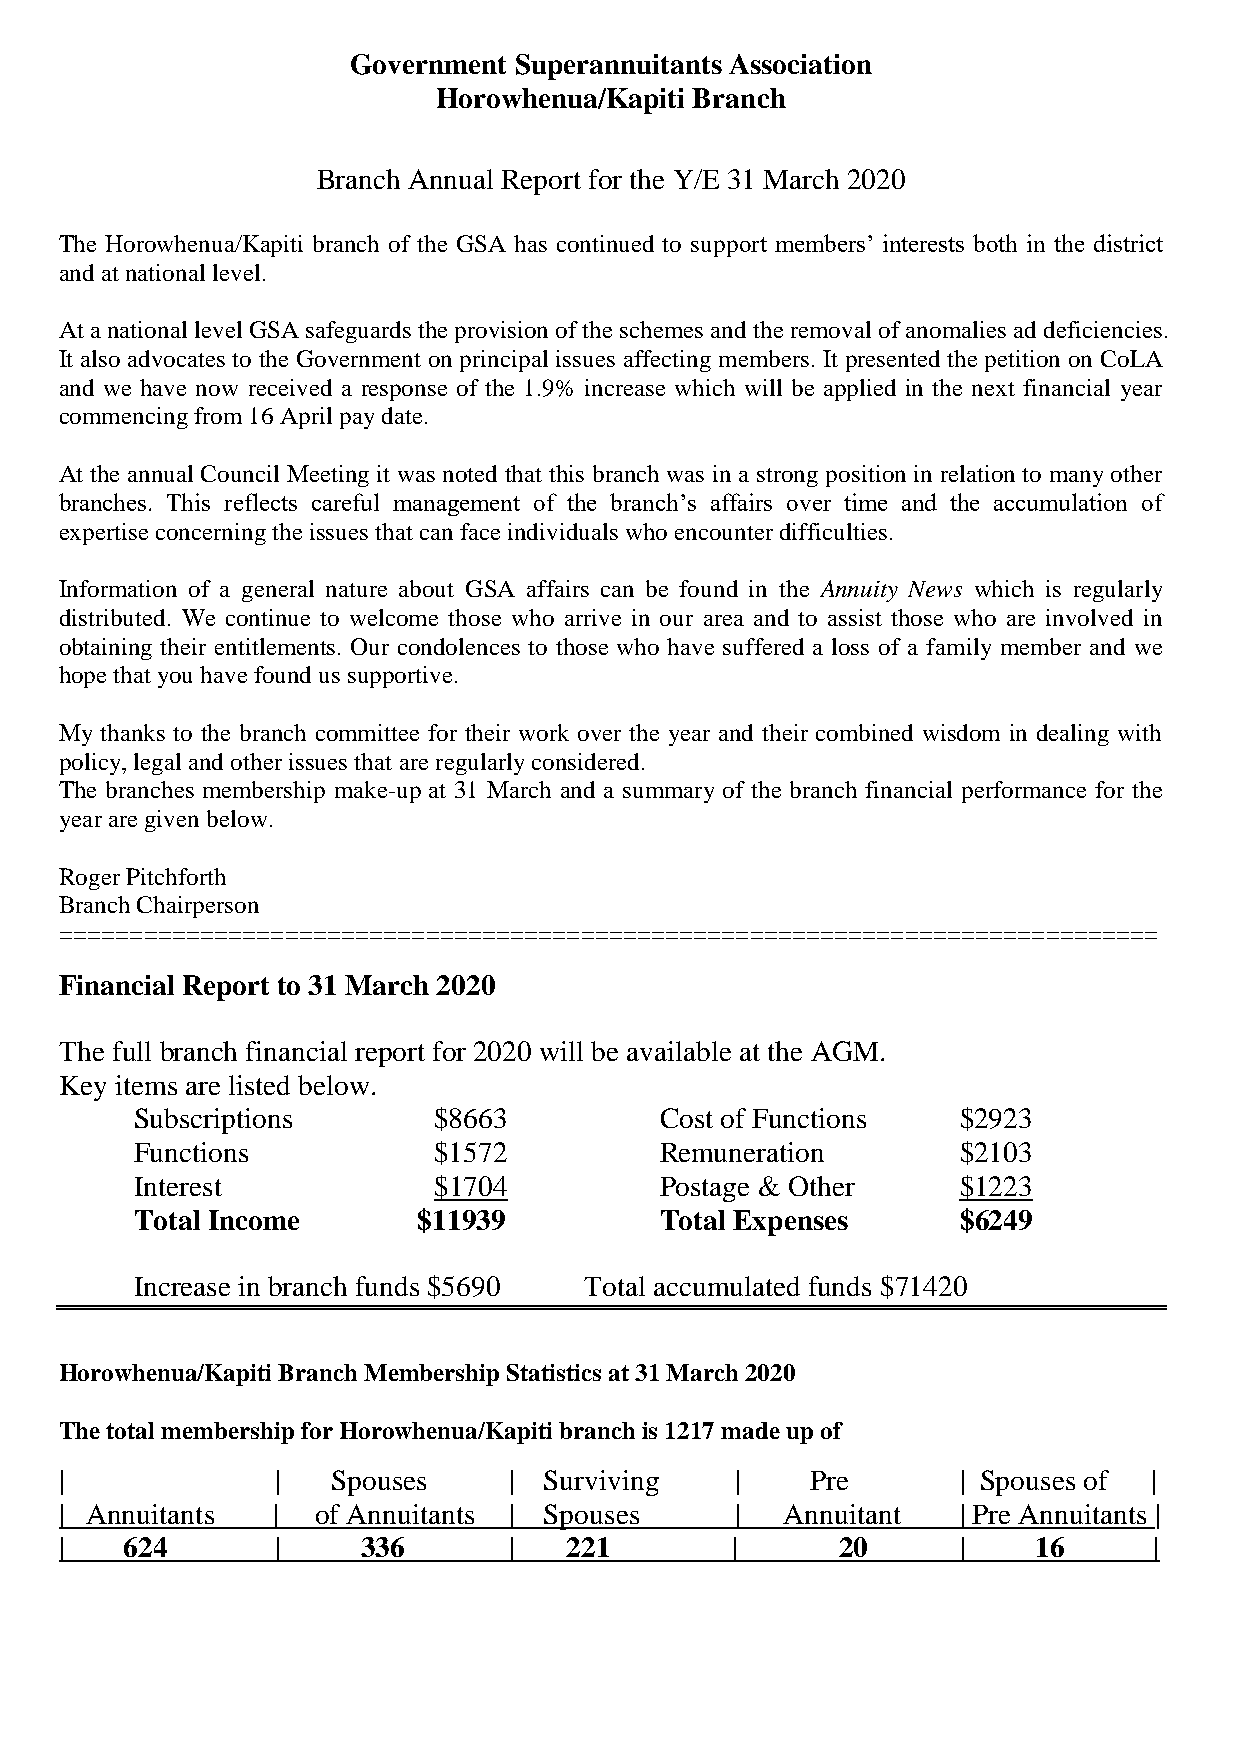
Government Superannuitants Association
 Horowhenua/Kapiti Branch
 Branch Annual Report for the Y/E 31 March 2020
 The Horowhenua/Kapiti branch of the GSA has continued to support members’ interests both in the district
 and at national level.
 At a national level GSA safeguards the provision of the schemes and the removal of anomalies ad deficiencies.
 It also advocates to the Government on principal issues affecting members. It presented the petition on CoLA
 and we have now received a response of the 1.9% increase which will be applied in the next financial year
 commencing from 16 April pay date.
 At the annual Council Meeting it was noted that this branch was in a strong position in relation to many other
 branches. This reflects careful management of the branch’s affairs over time and the accumulation of
 expertise concerning the issues that can face individuals who encounter difficulties.
 Information of a general nature about GSA affairs can be found in the Annuity News which is regularly
 distributed. We continue to welcome those who arrive in our area and to assist those who are involved in
 obtaining their entitlements. Our condolences to those who have suffered a loss of a family member and we
 hope that you have found us supportive.
 My thanks to the branch committee for their work over the year and their combined wisdom in dealing with
 policy, legal and other issues that are regularly considered.
 The branches membership make-up at 31 March and a summary of the branch financial performance for the
 year are given below.
 Roger Pitchforth
 Branch Chairperson
 ==============================================================================
 Financial Report to 31 March 2020
 The full branch financial report for 2020 will be available at the AGM.
 Key items are listed below.
 Subscriptions       $8663          Cost of Functions   $2923
 Functions           $1572          Remuneration        $2103
 Interest            $1704          Postage & Other     $1223
 Total Income       $11939          Total Expenses      $6249
 Increase in branch funds $5690 Total accumulated funds $71420
 Horowhenua/Kapiti Branch Membership Statistics at 31 March 2020
 The total membership for Horowhenua/Kapiti branch is 1217 made up of
 |             |   Spouses     | Surviving    |    Pre       | Spouses of |
 | Annuitants  |  of Annuitants | Spouses     |  Annuitant   | Pre Annuitants |
 |   624       |     336       |  221        |      20       |   16      |